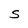
Character: S